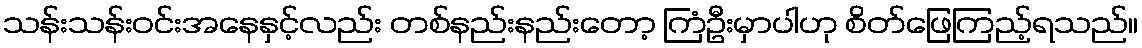
သန်းသန်းဝင်းအနေနှင့်လည်း တစ်နည်းနည်းတော့ ကြံဦးမှာပါဟု စိတ်ဖြေကြည့်ရသည်။